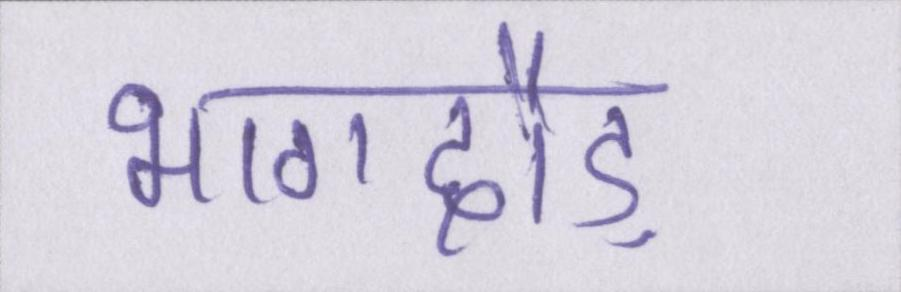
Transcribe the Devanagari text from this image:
भागदौड़